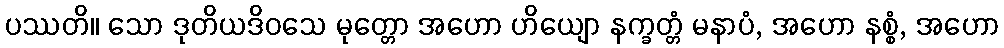
ပဿတိ။ သော ဒုတိယဒိဝသေ မုတ္တော အဟော ဟိယျော နက္ခတ္တံ မနာပံ, အဟော နစ္စံ, အဟော